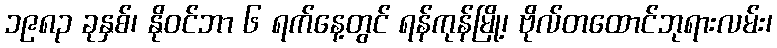
၁၉၈၃ ခုနှစ်၊ နိုဝင်ဘာ ၆ ရက်နေ့တွင် ရန်ကုန်မြို့၊ ဗိုလ်တထောင်ဘုရားလမ်း၊